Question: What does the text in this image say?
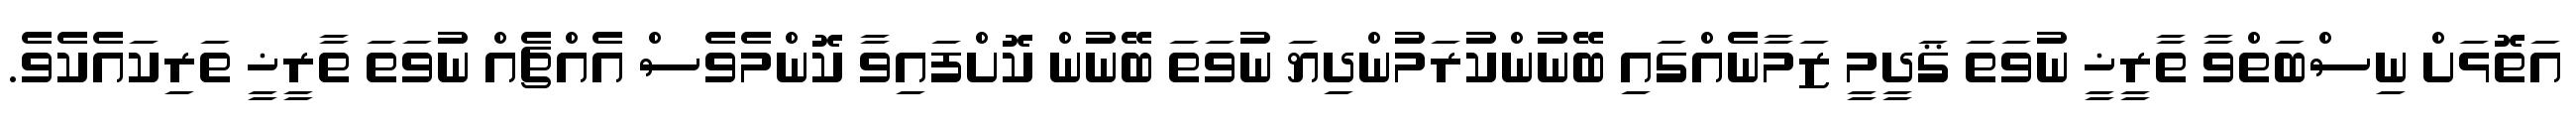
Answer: އަތޮޅަށް ނިސްބަތްވާ ތާރީޚީ ނުވަތަ ޤަދީމީ ޒަމާނެއްގައި ބޭނުންކުރަމުންދިޔަ ނުވަތަ ބޭނުން ކޮށްފައިވާ ކޮންމެވެސް އެއްޗެއް ނުވަތަ ތާރީޚީ ތަރިކައެކެވެ.